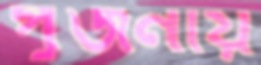
পূজনীয়